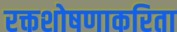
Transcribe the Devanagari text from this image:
रक्तशोषणाकरिता